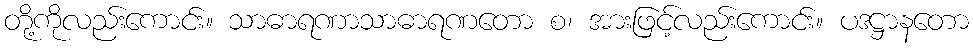
တို့ကိုလည်းကောင်း။ သာဓာရဏာသာဓာရဏတော စ၊ အားဖြင့်လည်းကောင်း။ ပဒဋ္ဌာနတော